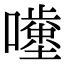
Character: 𡂥